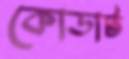
কোডাট